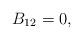
LaTeX: \begin{align*}B_{12}=0,\end{align*}